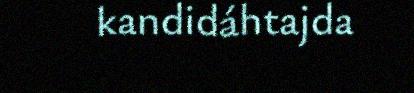
kandidáhtajda